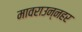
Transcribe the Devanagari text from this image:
मावराउन्नहर